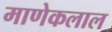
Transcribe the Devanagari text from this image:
माणेकलाल